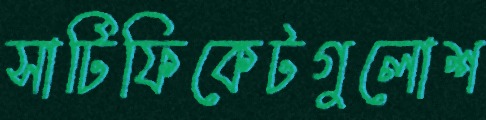
সার্টিফিকেটগুলোশ